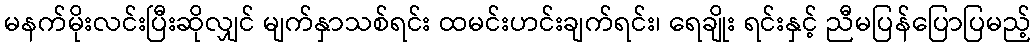
မနက်မိုးလင်းပြီးဆိုလျှင် မျက်နှာသစ်ရင်း ထမင်းဟင်းချက်ရင်း၊ ရေချိုး ရင်းနှင့် ညီမပြန်ပြောပြမည့်